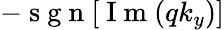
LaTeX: -\mathrm{~s~g~n~}[\mathrm{~I~m~}(qk_{y})]